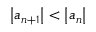
\left| a _ { n + 1 } \right| < \left| a _ { n } \right|